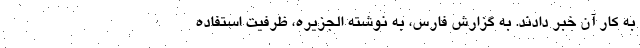
به کار آن خبر دادند. به گزارش فارس، به نوشته الجزیره، ظرفیت استفاده